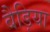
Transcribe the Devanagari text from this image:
बैड़िया